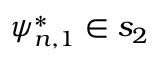
\psi _ { n , 1 } ^ { * } \in s _ { 2 }